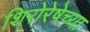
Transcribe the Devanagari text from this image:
शिरोरेषेच्या